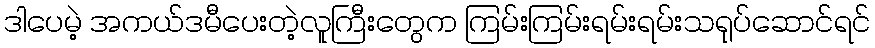
ဒါပေမဲ့ အကယ်ဒမီပေးတဲ့လူကြီးတွေက ကြမ်းကြမ်းရမ်းရမ်းသရုပ်ဆောင်ရင်